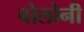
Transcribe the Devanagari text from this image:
बोलोनी